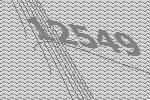
12549